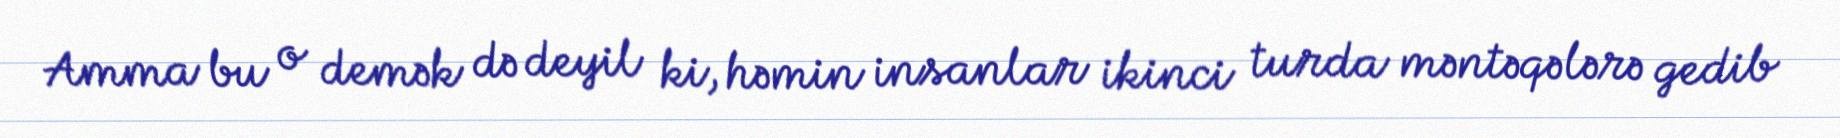
Amma bu o demək də deyil ki, həmin insanlar ikinci turda məntəqələrə gedib